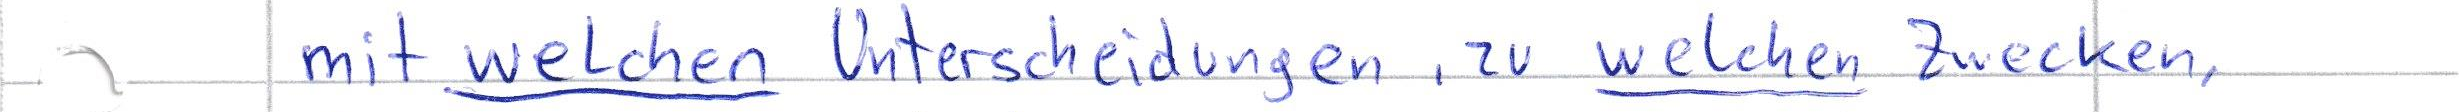
mit welchen Unterscheidungen, zu welchen Zwecken,